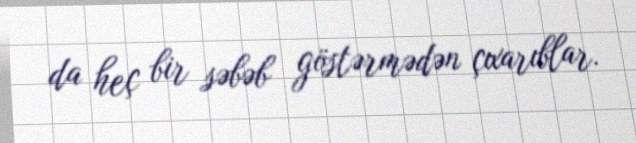
da heç bir səbəb göstərmədən çıxarıblar.